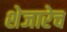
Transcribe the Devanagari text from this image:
शेजारेच